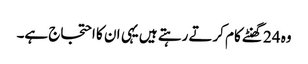
وہ 24 گھنٹے کام کرتے رہتے ہیں یہی ان کا احتجاج ہے۔